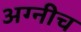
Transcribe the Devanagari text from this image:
अग्नीच